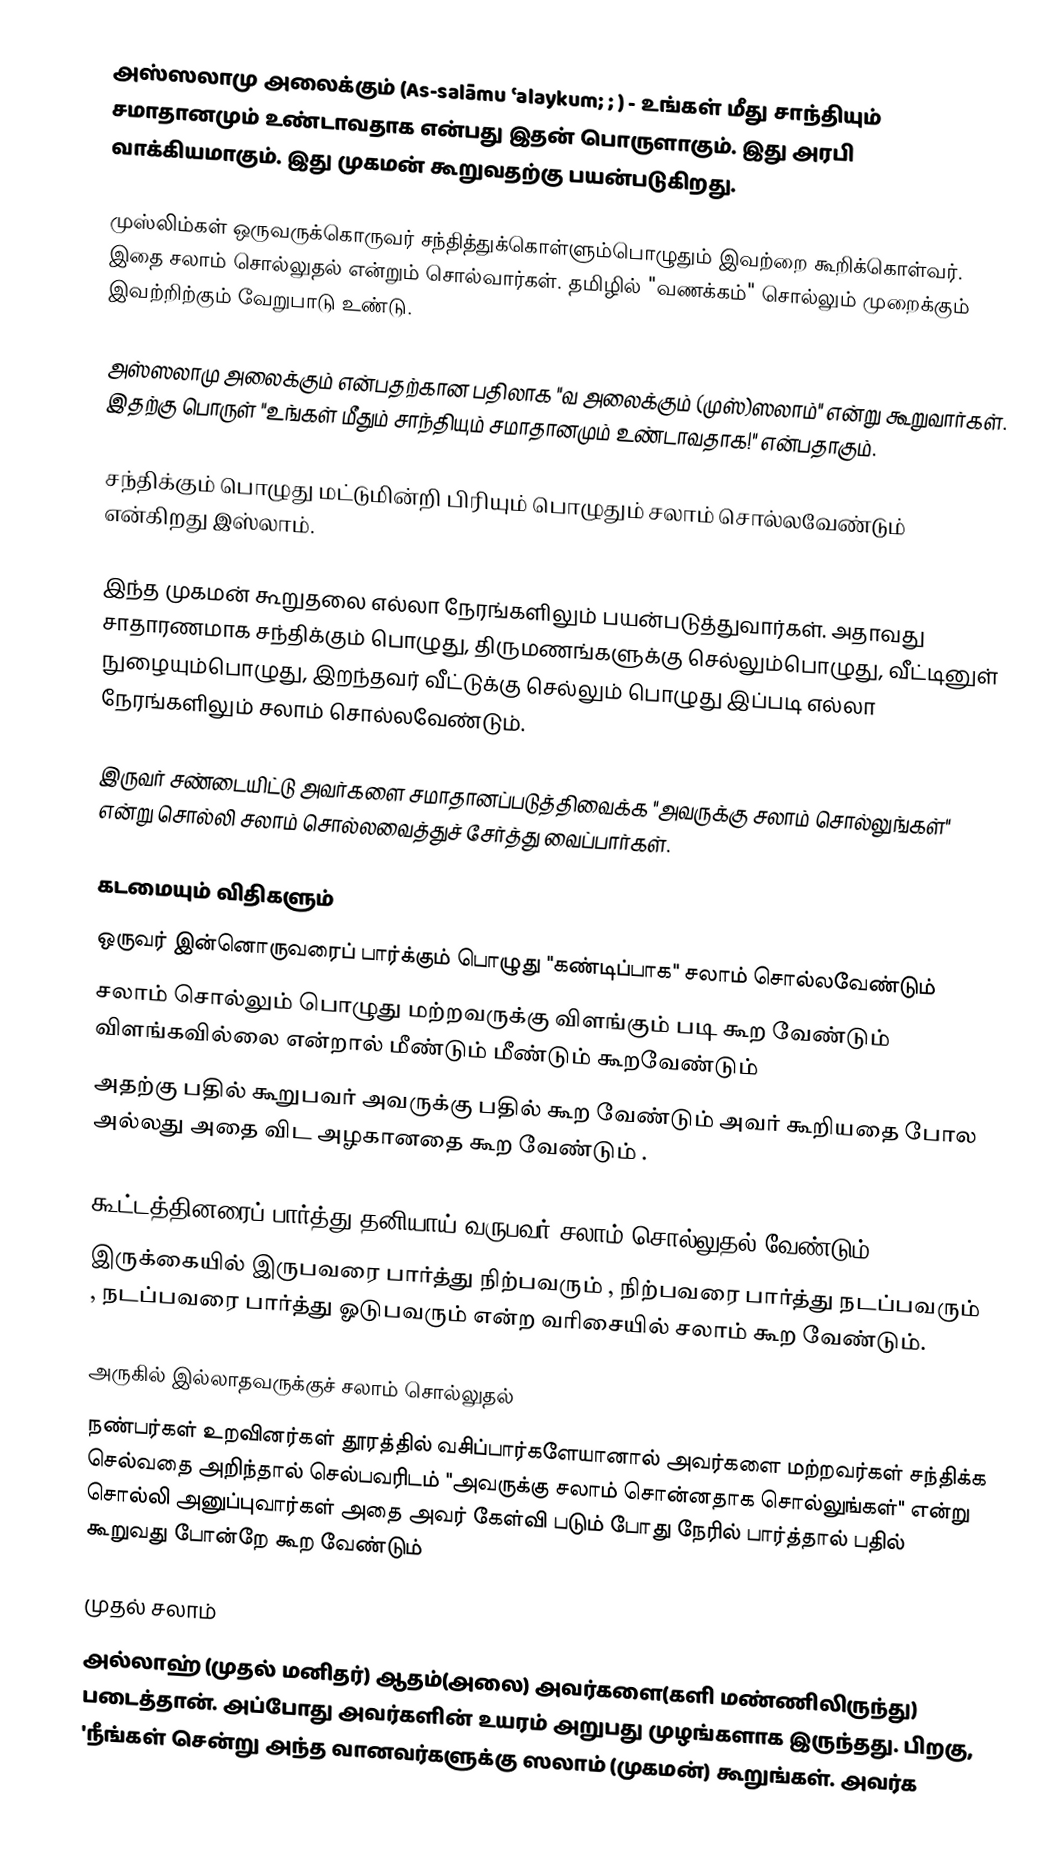
அஸ்ஸலாமு அலைக்கும் (As-salāmu ʿalaykum; ; ) - உங்கள் மீது சாந்தியும் சமாதானமும் உண்டாவதாக என்பது இதன் பொருளாகும். இது அரபி வாக்கியமாகும். இது முகமன் கூறுவதற்கு பயன்படுகிறது.

முஸ்லிம்கள் ஒருவருக்கொருவர் சந்தித்துக்கொள்ளும்பொழுதும் இவற்றை கூறிக்கொள்வர். இதை சலாம் சொல்லுதல் என்றும் சொல்வார்கள். தமிழில் "வணக்கம்" சொல்லும் முறைக்கும் இவற்றிற்கும் வேறுபாடு உண்டு.

அஸ்ஸலாமு அலைக்கும் என்பதற்கான பதிலாக "வ அலைக்கும் (முஸ்)ஸலாம்" என்று கூறுவார்கள். இதற்கு பொருள் "உங்கள் மீதும் சாந்தியும் சமாதானமும் உண்டாவதாக!" என்பதாகும்.

சந்திக்கும் பொழுது மட்டுமின்றி பிரியும் பொழுதும் சலாம் சொல்லவேண்டும் என்கிறது இஸ்லாம்.

இந்த முகமன் கூறுதலை எல்லா நேரங்களிலும் பயன்படுத்துவார்கள். அதாவது சாதாரணமாக சந்திக்கும் பொழுது, திருமணங்களுக்கு செல்லும்பொழுது, வீட்டினுள் நுழையும்பொழுது, இறந்தவர் வீட்டுக்கு செல்லும் பொழுது இப்படி எல்லா நேரங்களிலும் சலாம் சொல்லவேண்டும்.

இருவர் சண்டையிட்டு அவர்களை சமாதானப்படுத்திவைக்க "அவருக்கு சலாம் சொல்லுங்கள்" என்று சொல்லி சலாம் சொல்லவைத்துச் சேர்த்து வைப்பார்கள்.

கடமையும் விதிகளும்
 ஒருவர் இன்னொருவரைப் பார்க்கும் பொழுது "கண்டிப்பாக" சலாம் சொல்லவேண்டும்
 சலாம் சொல்லும் பொழுது மற்றவருக்கு விளங்கும் படி கூற வேண்டும் விளங்கவில்லை என்றால் மீண்டும் மீண்டும் கூறவேண்டும்
 அதற்கு பதில் கூறுபவர் அவருக்கு பதில் கூற வேண்டும் அவர் கூறியதை போல அல்லது அதை விட அழகானதை கூற வேண்டும் .

 கூட்டத்தினரைப் பார்த்து தனியாய் வருபவர் சலாம் சொல்லுதல் வேண்டும்,
 இருக்கையில் இருபவரை பார்த்து நிற்பவரும் , நிற்பவரை பார்த்து நடப்பவரும் , நடப்பவரை பார்த்து ஓடுபவரும் என்ற வரிசையில் சலாம் கூற வேண்டும்.

அருகில் இல்லாதவருக்குச் சலாம் சொல்லுதல்
நண்பர்கள் உறவினர்கள் தூரத்தில் வசிப்பார்களேயானால் அவர்களை மற்றவர்கள் சந்திக்க செல்வதை அறிந்தால் செல்பவரிடம் "அவருக்கு சலாம் சொன்னதாக சொல்லுங்கள்" என்று சொல்லி அனுப்புவார்கள் அதை அவர் கேள்வி படும் போது நேரில் பார்த்தால் பதில் கூறுவது போன்றே கூற வேண்டும்

முதல் சலாம்
அல்லாஹ் (முதல் மனிதர்) ஆதம்(அலை) அவர்களை(களி மண்ணிலிருந்து) படைத்தான். அப்போது அவர்களின் உயரம் அறுபது முழங்களாக இருந்தது. பிறகு, 'நீங்கள் சென்று அந்த வானவர்களுக்கு ஸலாம் (முகமன்) கூறுங்கள். அவர்க